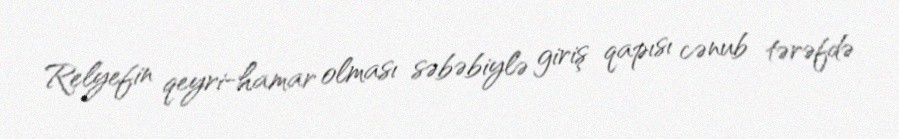
Relyefin qeyri-hamar olması səbəbiylə giriş qapısı cənub tərəfdə